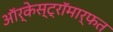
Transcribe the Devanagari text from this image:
ऑर्केस्ट्रॉमार्फत